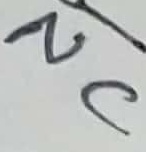
Text: NC